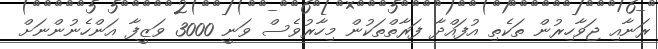
ރަނާއި ޖަވާހިރުން ތަކެތި އުފައްދާ ފަރާތްތަކުން މިހާރުވެސް ވަނީ 3000 ވަޒީފާ އަންހެނުންނަށް